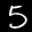
Label: 5